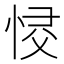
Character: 𢚌